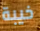
خيبة